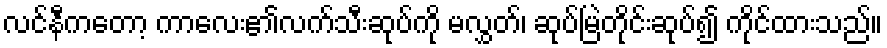
လင်နီကတော့ ကာလေး၏လက်သီးဆုပ်ကို မလွှတ်၊ ဆုပ်မြဲတိုင်းဆုပ်၍ ကိုင်ထားသည်။